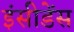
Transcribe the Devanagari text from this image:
इंसीडेंस